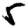
Digit: 5